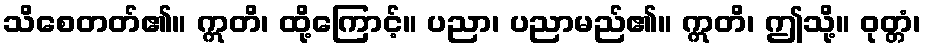
သိစေတတ်၏။ ဣတိ၊ ထို့ကြောင့်။ ပညာ၊ ပညာမည်၏။ ဣတိ၊ ဤသို့။ ဝုတ္တံ၊